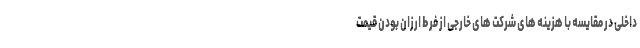
داخلی در مقایسه با هزینه های شرکت های خارجی از فرط ارزان بودن قیمت